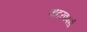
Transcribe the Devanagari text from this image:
वाटरवर्क्स